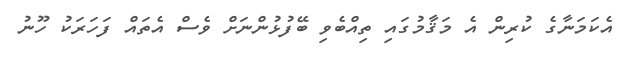
އެކަމަނާގެ ކުރިން އެ މަޤާމުގައި ތިއްބެވި ބޭފުޅުންނަށް ވެސް އެތައް ފަހަރަކު ހޫނު